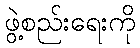
ဖွဲ့စည်းရေးကို